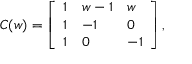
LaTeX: C ( w ) = \left[ \begin{array} { l l l } { { 1 } } & { { w - 1 } } & { { w } } \\ { { 1 } } & { { - 1 } } & { { 0 } } \\ { { 1 } } & { { 0 } } & { { - 1 } } \end{array} \right] ,